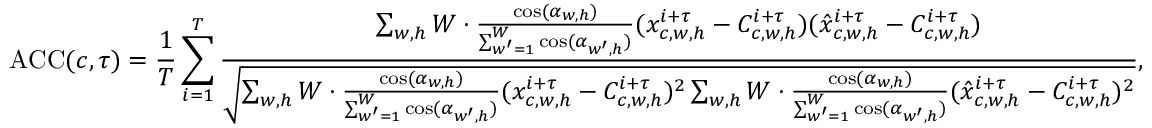
\operatorname { A C C } ( c , \tau ) = \frac { 1 } { T } \sum _ { i = 1 } ^ { T } \frac { \sum _ { w , h } W \cdot \frac { \cos ( \alpha _ { w , h } ) } { \sum _ { w ^ { \prime } = 1 } ^ { W } \cos ( \alpha _ { w ^ { \prime } , h } ) } ( x _ { c , w , h } ^ { i + \tau } - C _ { c , w , h } ^ { i + \tau } ) ( \hat { x } _ { c , w , h } ^ { i + \tau } - C _ { c , w , h } ^ { i + \tau } ) } { \sqrt { \sum _ { w , h } W \cdot \frac { \cos ( \alpha _ { w , h } ) } { \sum _ { w ^ { \prime } = 1 } ^ { W } \cos ( \alpha _ { w ^ { \prime } , h } ) } ( x _ { c , w , h } ^ { i + \tau } - C _ { c , w , h } ^ { i + \tau } ) ^ { 2 } \sum _ { w , h } W \cdot \frac { \cos ( \alpha _ { w , h } ) } { \sum _ { w ^ { \prime } = 1 } ^ { W } \cos ( \alpha _ { w ^ { \prime } , h } ) } ( \hat { x } _ { c , w , h } ^ { i + \tau } - C _ { c , w , h } ^ { i + \tau } ) ^ { 2 } } } ,